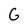
Character: G